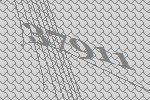
37911